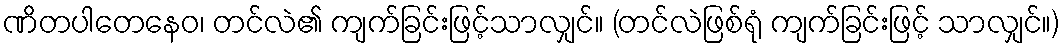
ဏိတပါတေနေဝ၊ တင်လဲ၏ ကျက်ခြင်းဖြင့်သာလျှင်။ (တင်လဲဖြစ်ရုံ ကျက်ခြင်းဖြင့် သာလျှင်။)